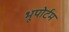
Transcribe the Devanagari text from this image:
भूपोर्टम